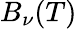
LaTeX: B_{\nu}(T)